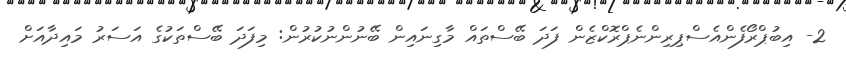
2- އިބުޕްރޯފެންއެސްޕިރިންނެޕްރޮކްޒެން ފަދަ ބޭސްތައް މާގިނައިން ބޭނުންނުކުރުން: މިފަދަ ބޭސްތަކުގެ އަސަރު މައިދާއަށް